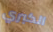
الكبري